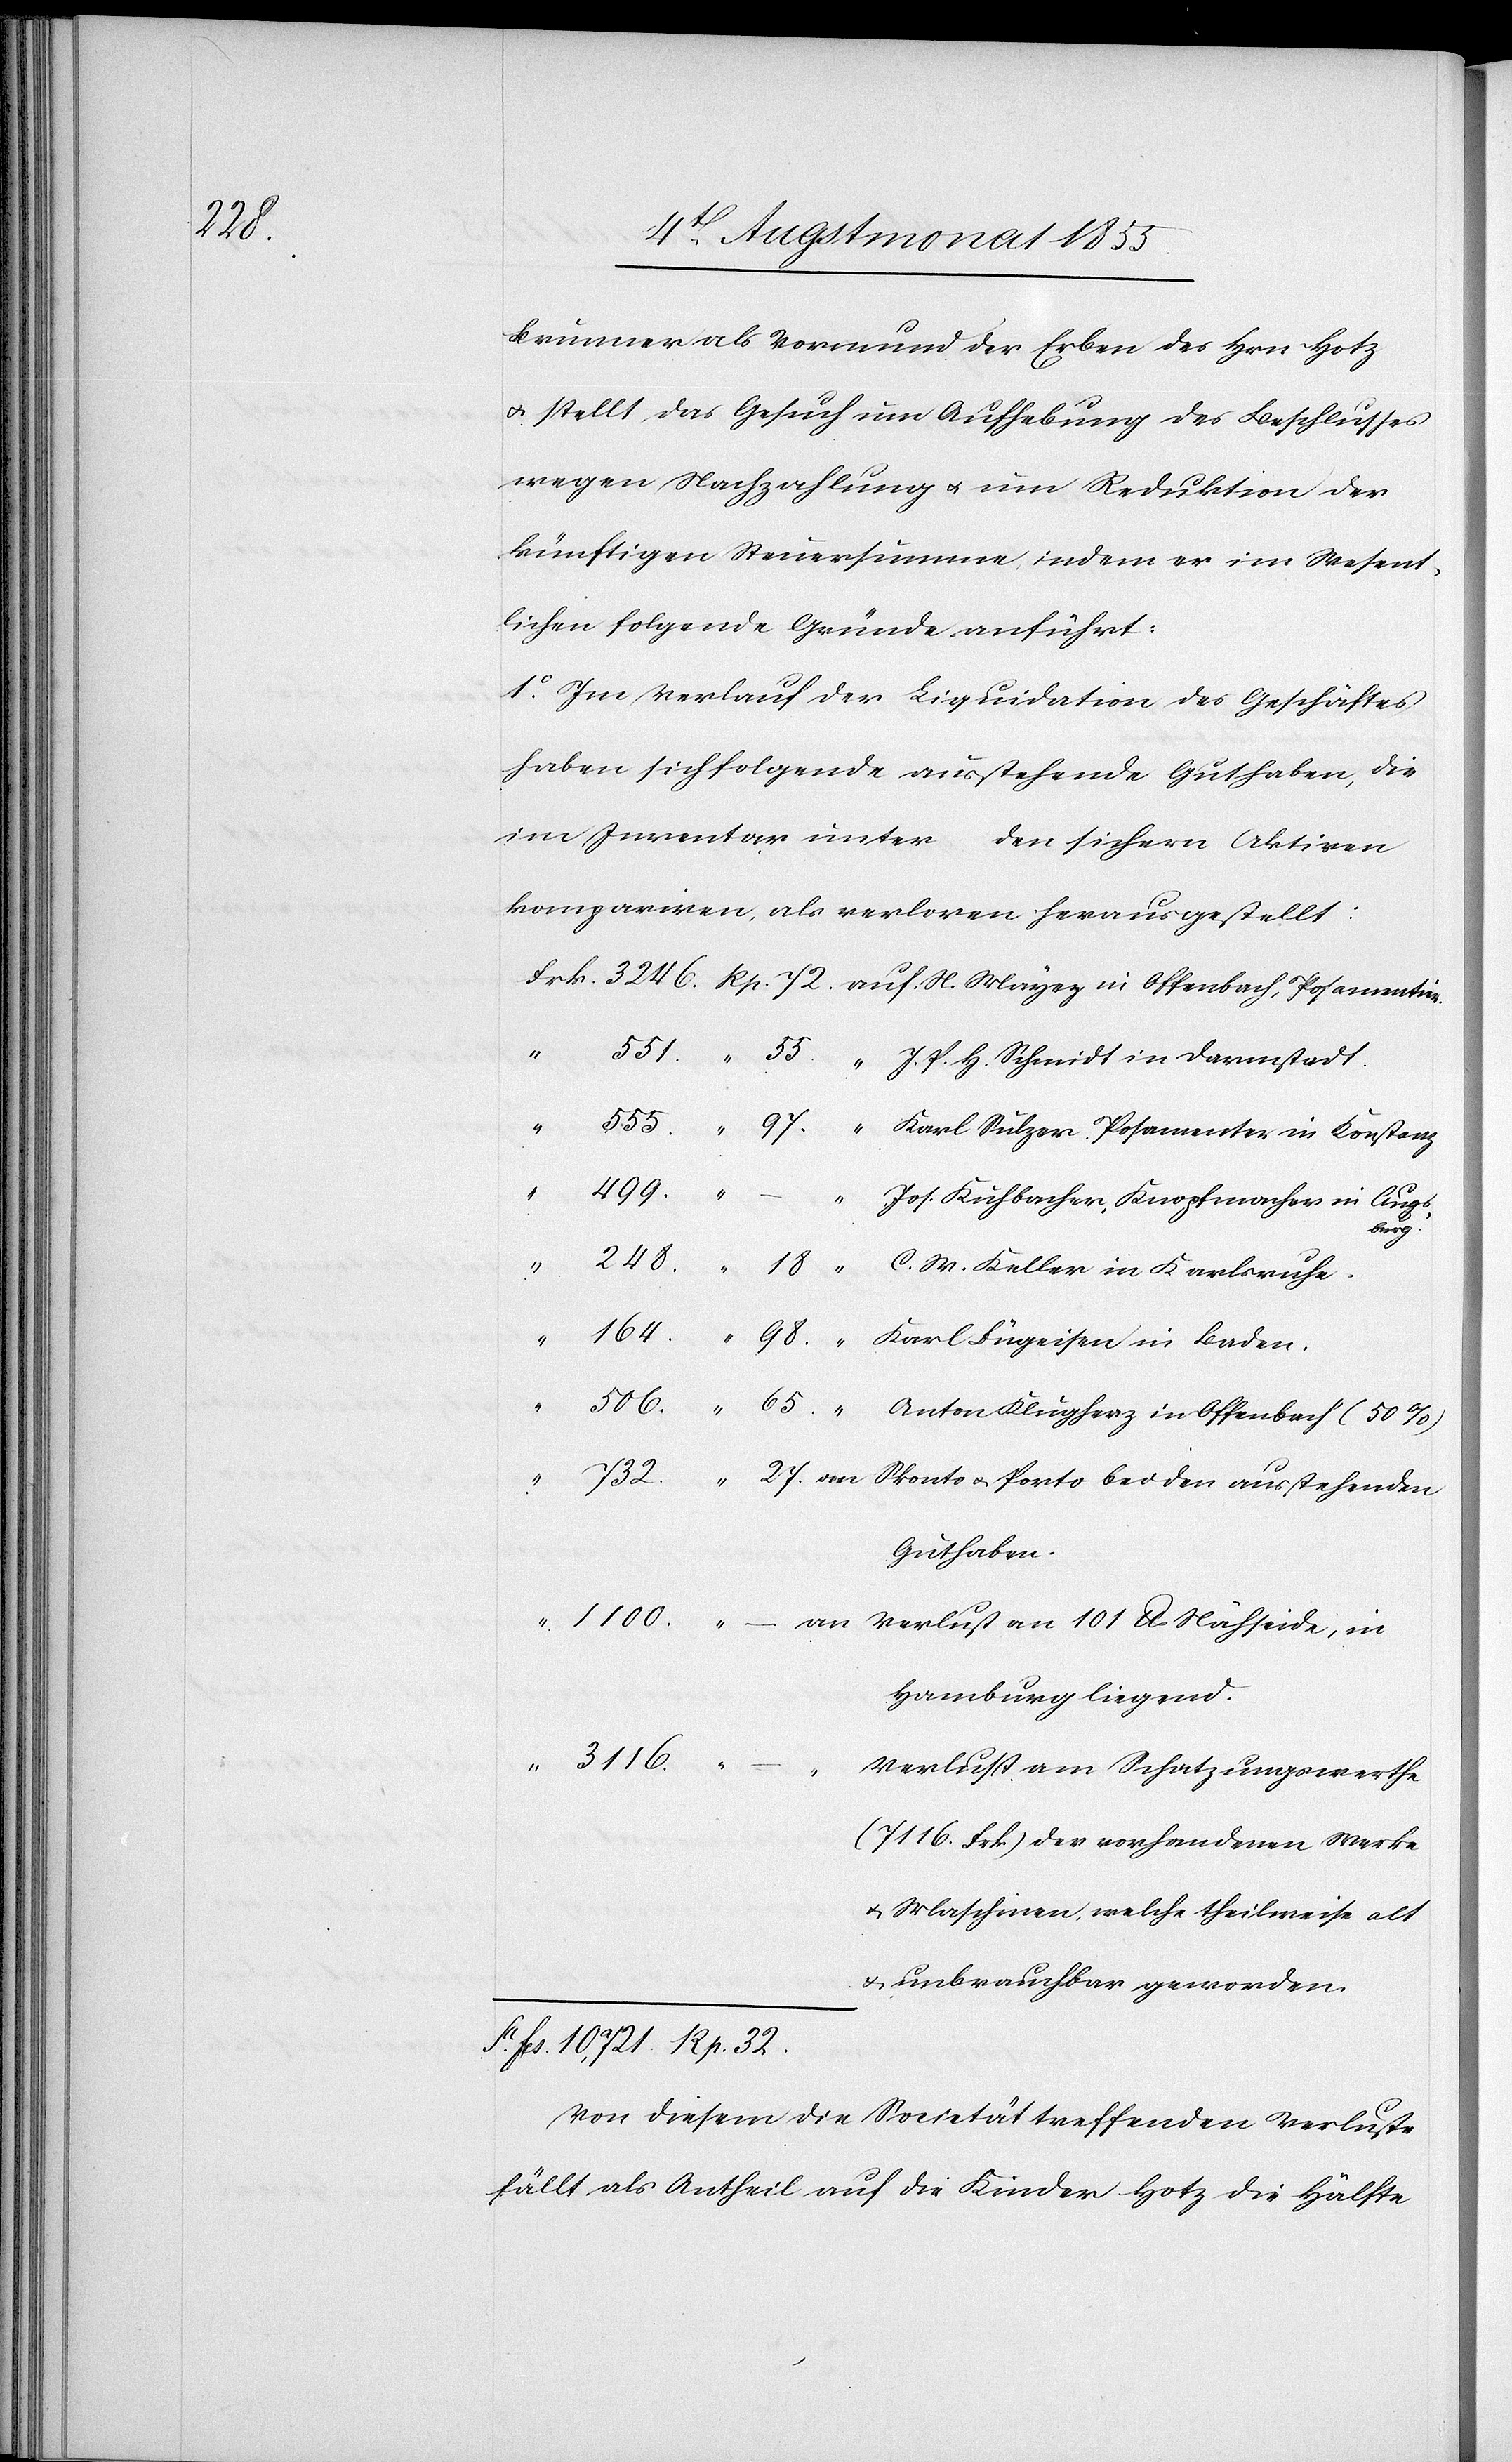
seide,

Brunner als Vormund der Erben des Hrn. Hotz
& stellt das Gesuch um Aufhebung des Beschlusses
wegen Nachzahlung & um Reduktion der
künftigen Steuersumme, indem er im Wesent¬
lichen folgende Gründe anführt:
1.o Im Verlauf der Liquidation des Geschäftes
haben sich folgende ausstehende Guthaben, die
im Inventar unter den sichern Aktiven
kompariren, als verloren herausgestellt:
an
Guthaben.
Hamburg liegend.
“ 3116. “
Verlust am Schatzungswerthe
(7116. Frk.) der vorhandenen Werke
& Maschinen, welche theilweise alt
& unbrauchbar geworden.
Sa. Fcs. 10,721. Rp. 32.
Von diesem die Societät treffenden Verluste
fällt als Antheil auf die Kinder Hotz die Hälfte